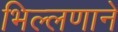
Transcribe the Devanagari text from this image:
भिल्लणाने